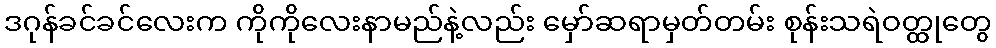
ဒဂုန်ခင်ခင်လေးက ကိုကိုလေးနာမည်နဲ့လည်း မှော်ဆရာမှတ်တမ်း စုန်းသရဲဝတ္ထုတွေ